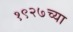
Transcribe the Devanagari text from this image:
१९२७च्या